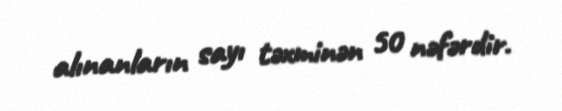
alınanların sayı təxminən 50 nəfərdir.